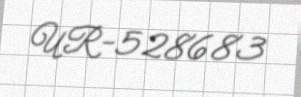
UR-528683